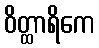
ဝိတ္ထာရိကေ